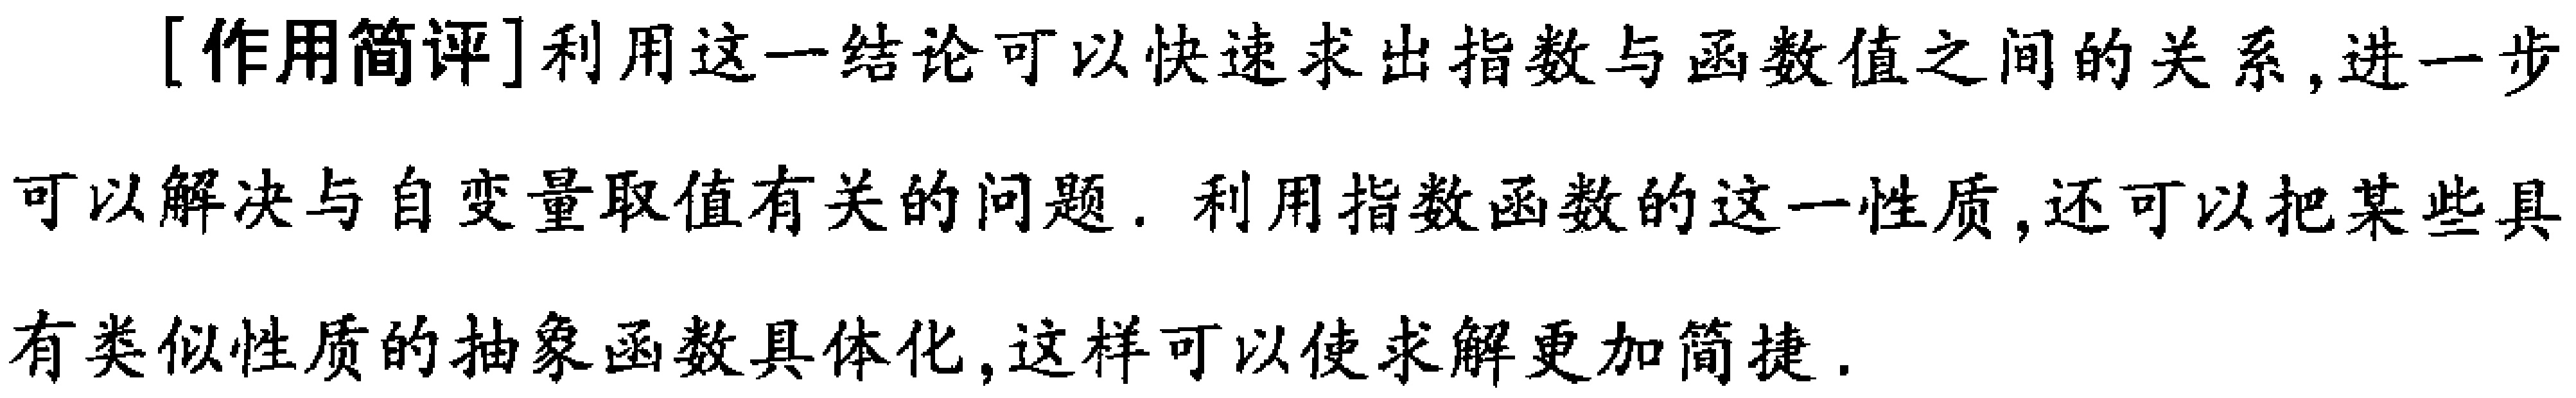
[作用简评]利用这一结论可以快速求出指数与函数值之间的关系,进一步可以解决与自变量取值有关的问题. 利用指数函数的这一性质,还可以把某些具有类似性质的抽象函数具体化,这样可以使求解更加简捷.